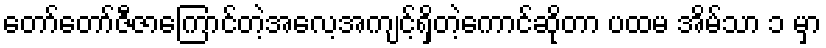
တော်တော်ဇီဇာကြောင်တဲ့အလေ့အကျင့်ရှိတဲ့ကောင်ဆိုတာ ပထမ အိမ်သာ ၁ မှာ